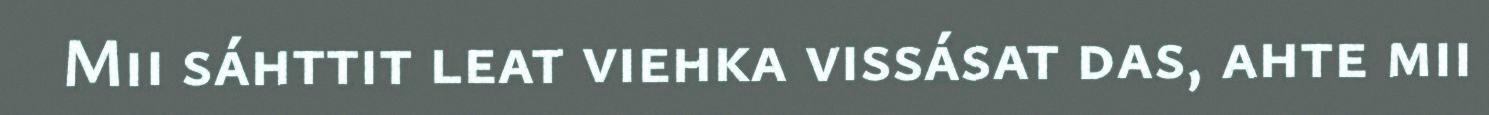
Mii sáhttit leat viehka vissásat das, ahte mii